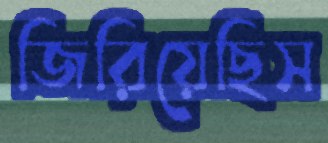
জিরিয়েছিস